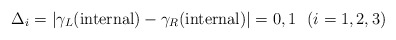
\begin{align*}\Delta_i=\vert\gamma_L({\rm internal})-\gamma_R({\rm internal})\vert=0,1~~(i=1,2,3)\end{align*}